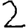
Digit: 2